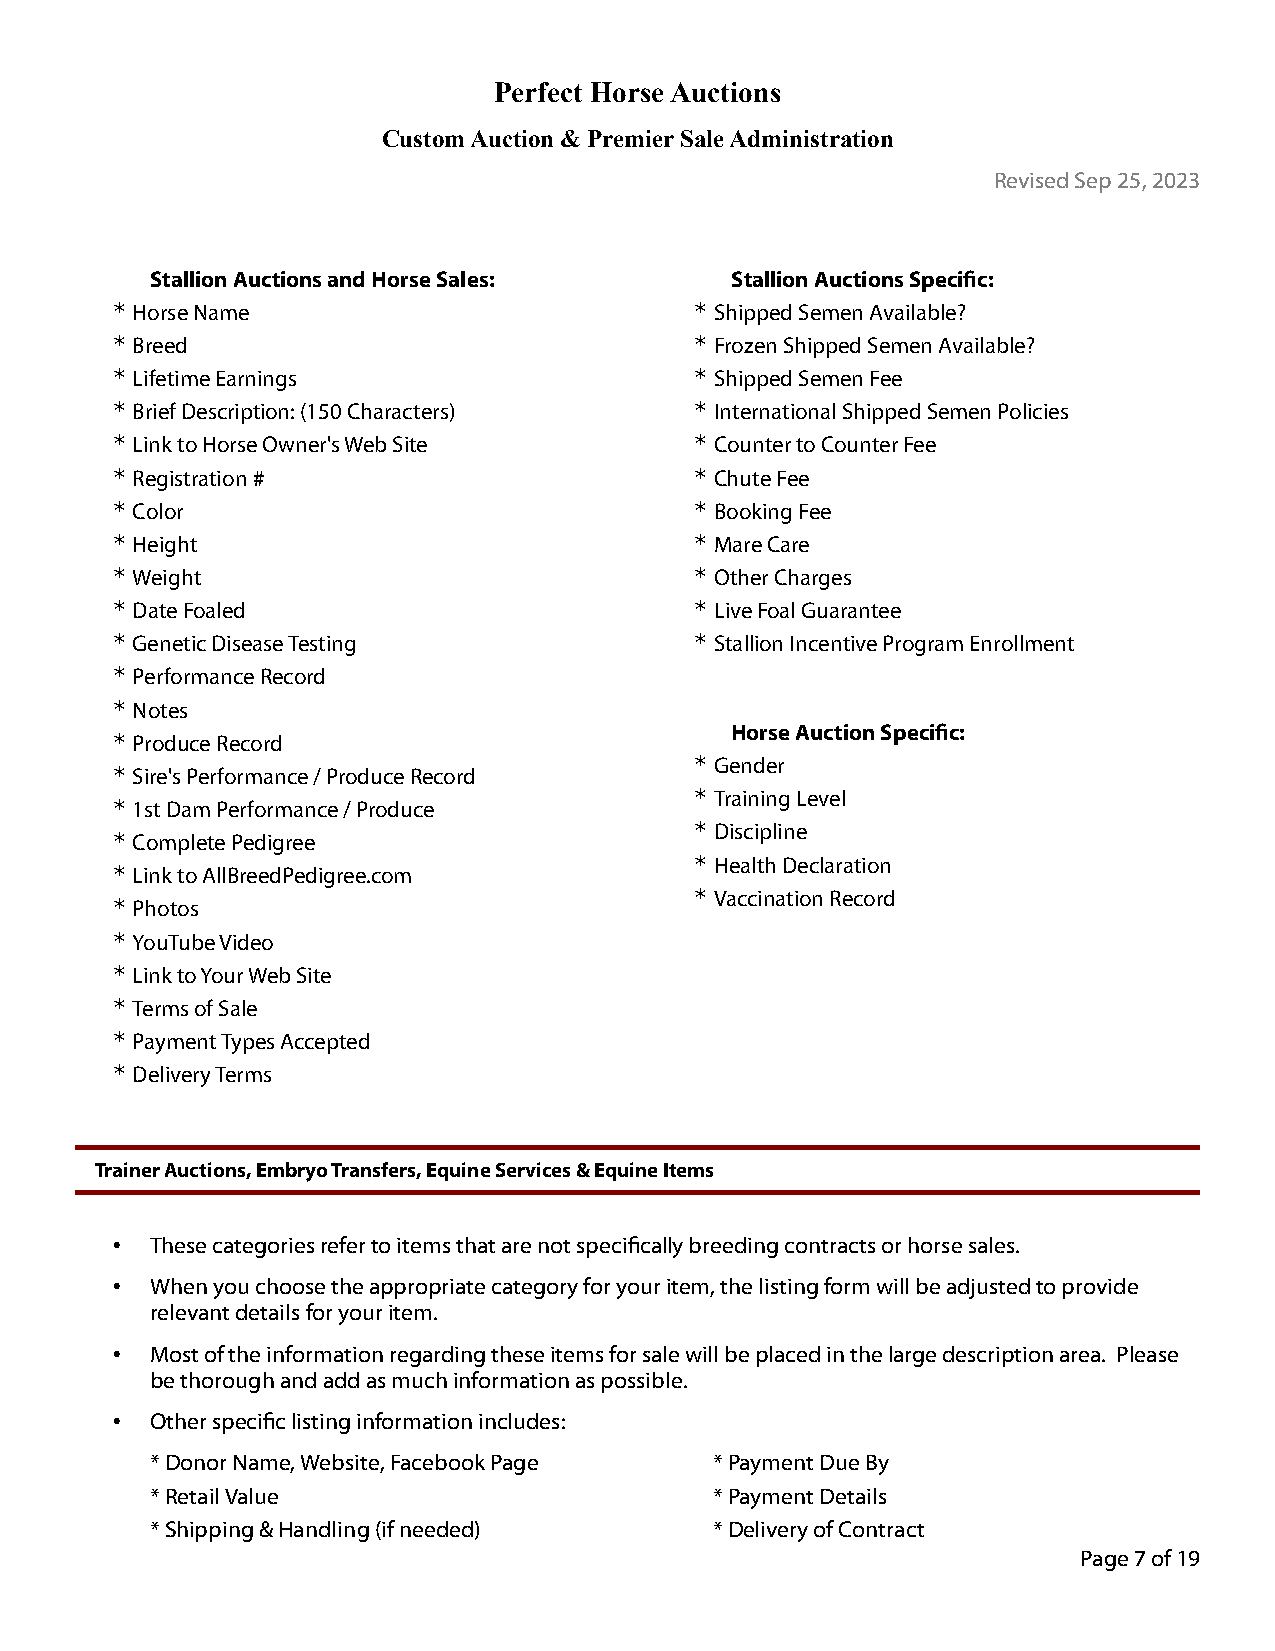
Perfect Horse Auctions
 Custom Auction & Premier Sale Administration
 Revised Sep 25, 2023
 Stallion Auctions and Horse Sales:    Stallion Auctions Specific:
 * Horse Name                           * Shipped Semen Available?
 * Breed                                * Frozen Shipped Semen Available?
 * Lifetime Earnings                    * Shipped Semen Fee
 * Brief Description: (150 Characters)  * International Shipped Semen Policies
 * Link to Horse Owner's Web Site       * Counter to Counter Fee
 * Registration #                       * Chute Fee
 * Color                                * Booking Fee
 * Height                               * Mare Care
 * Weight                               * Other Charges
 * Date Foaled                          * Live Foal Guarantee
 * Genetic Disease Testing              * Stallion Incentive Program Enrollment
 * Performance Record
 * Notes
 Horse Auction Specific:
 * Produce Record
 * Gender
 * Sire's Performance / Produce Record
 * Training Level
 * 1st Dam Performance / Produce
 * Discipline
 * Complete Pedigree
 * Health Declaration
 * Link to AllBreedPedigree.com
 * Vaccination Record
 * Photos
 * YouTube Video
 * Link to Your Web Site
 * Terms of Sale
 * Payment Types Accepted
 * Delivery Terms
 Trainer Auctions, Embryo Transfers, Equine Services & Equine Items
 •  These categories refer to items that are not specifically breeding contracts or horse sales.
 •  When you choose the appropriate category for your item, the listing form will be adjusted to provide
 relevant details for your item.
 •  Most of the information regarding these items for sale will be placed in the large description area. Please
 be thorough and add as much information as possible.
 •  Other specific listing information includes:
 * Donor Name, Website, Facebook Page * Payment Due By
 * Retail Value                       * Payment Details
 * Shipping & Handling (if needed)    * Delivery of Contract
 Page 7 of 19